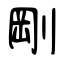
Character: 剛